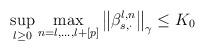
LaTeX: \begin{align*}\sup_{l\geq 0}\max_{n=l,\dots ,l+\left[ p\right] }\left\Vert \beta _{s,\cdot}^{l,n}\right\Vert _{\gamma }\leq K_{0}\end{align*}